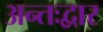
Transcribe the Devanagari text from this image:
अन्तःद्वार